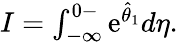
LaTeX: \begin{array}{r}{I=\int_{-\infty}^{0-}\mathrm{e}^{\hat{\theta}_{1}}d\eta.}\end{array}